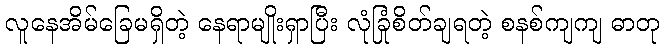
လူနေအိမ်ခြေမရှိတဲ့ နေရာမျိုးရှာပြီး လုံခြုံစိတ်ချရတဲ့ စနစ်ကျကျ ဓာတု